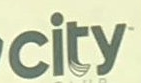
city